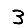
Digit: 3